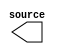

module issp (
	source);	

	output	[1:0]	source;
endmodule